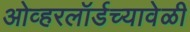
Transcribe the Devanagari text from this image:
ओव्हरलॉर्डच्यावेळी